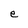
Character: e